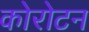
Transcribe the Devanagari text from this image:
कोरोटन